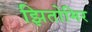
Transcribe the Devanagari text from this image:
झितोमिर